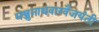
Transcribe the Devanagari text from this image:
मञ्जुनाथवाग्वैजयंती